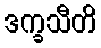
ဒက္ခသီတိ